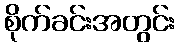
စိုက်ခင်းအတွင်း